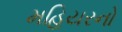
મહિયરનો